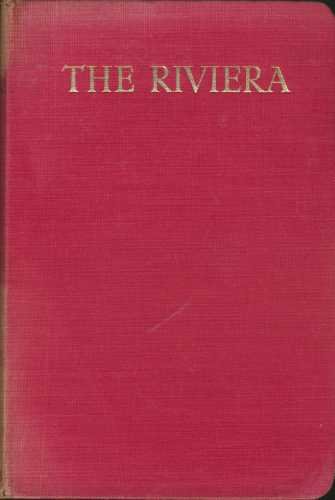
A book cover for Guide To The Riviera From HyÃ¨res To Viareggio. With Map Of The Riviera And Street Plans Of HyÃ¨res, Cannes, Nice, Monaco And Monte Carlo, Menton, San Remo And Genoa. Numerous Illustrations; Travel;